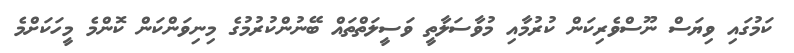
ކަމުގައި ވިޔަސް ނޫސްވެރިކަން ކުރުމާއި މުވާސަލާތީ ވަސީލަތްތައް ބޭނުންކުރުމުގެ މިނިވަންކަން ކޮންމެ މީހަކަށްމެ